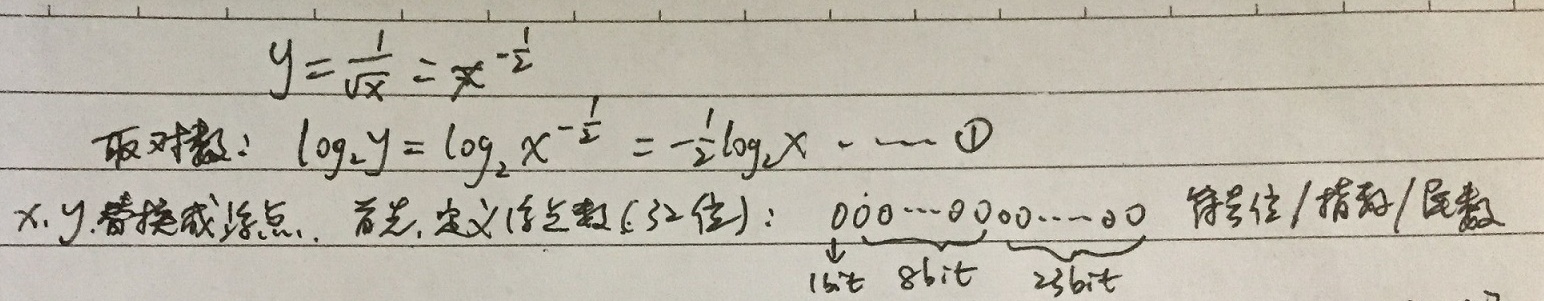
\[y = \frac{1}{\sqrt{x}} = x^{-\frac{1}{2}}\]
取对数：\(\log_{2}y=\log_{2}x^{-\frac{1}{2}}=-\frac{1}{2}\log_{2}x\quad\textcircled{1}\)

\(x,y\)替换成浮点，首先，定义浮点数(32位)：\(\underbrace{000\cdots0}_{1位}\underbrace{000\cdots0}_{8\text{bit}}\underbrace{00\cdots0}_{23\text{bit}}\) 符号位/指数/尾数